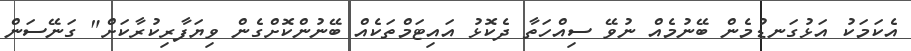
އެކަމަކު އަޅުގަނޑުމެން ބޭނުމެއް ނުވޭ ސިއްހަތާ ދެކޮޅު އައިޓަމްތަކެއް ބޭނުންކޮށްގެން ވިޔަފާރިކުރާކަށް" ގަނޭސަން